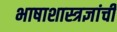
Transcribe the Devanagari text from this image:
भाषाशास्त्रज्ञांची